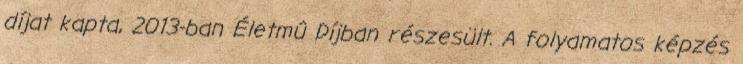
díjat kapta, 2013-ban Életmû Díjban részesült. A folyamatos képzés